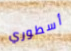
أسطوري